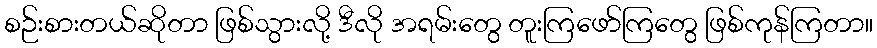
စဉ်းစားတယ်ဆိုတာ ဖြစ်သွားလို့ ဒီလို အရမ်းတွေ တူးကြဖော်ကြတွေ ဖြစ်ကုန်ကြတာ။